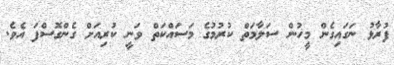
ފުރާޅު ނަގައިގެން މީހުން ސަލާމަތް ކުރުމުގެ މަސައްކަތް ވަނީ ކުރިއަށް ގެންގޮސްފަ އެވެ.